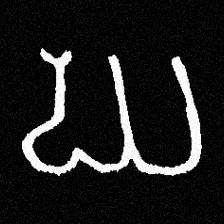
Pyu character \u2014 Myanmar letter: ဃ (romanized: gha)